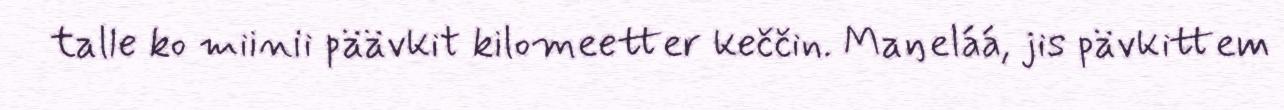
talle ko miinii päävkit kilomeetter keččin. Maŋeláá, jis pävkittem